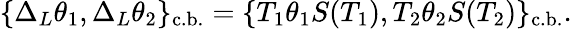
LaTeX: \{ \Delta_{L}\theta_{1},\Delta_{L}\theta_{2}\} _{\mathrm{c.b.}}=\{ T_{1}\theta_{1}S(T_{1}),T_{2}\theta_{2}S(T_{2})\} _{\mathrm{c.b.}}.